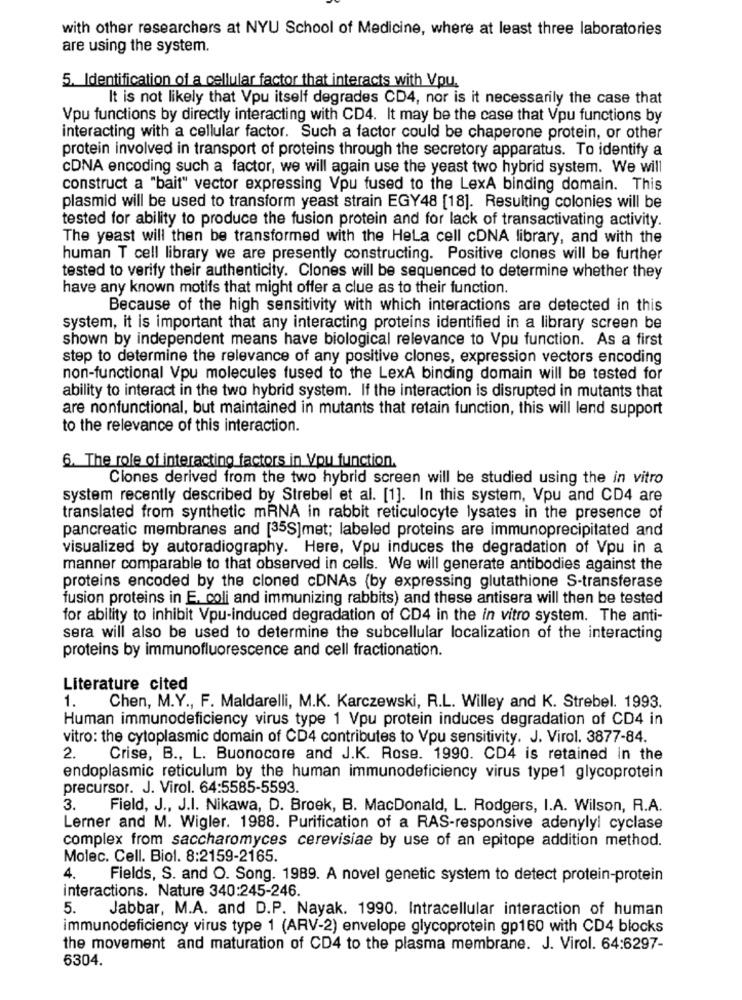
with other researchers at NYU School of Medicine, where at least three laboratories
are using the system.
5. Identification of a cellular factor that interacts with Vpu.
It is not likely that Vpu itself degrades CD4, nor is it necessarily the case that
Vpu functions by directly interacting with CD4. It may be the case that Vpu functions by
interacting with a cellular factor. Such a factor could be chaperone protein, or other
protein involved in transport of proteins through the secretory apparatus. To identify a
CDNA encoding such a factor, we will again use the yeast two hybrid system. We will
construct a "bait" vector expressing Vpu fused to the LexA binding domain. This
plasmid will be used to transform yeast strain EGY48 [18]. Resulting colonies will be
tested for ability to produce the fusion protein and for lack of transactivating activity.
The yeast will then be transformed with the Hela cell cDNA library, and with the
human T cell library we are presently constructing. Positive clones will be further
tested to verify their authenticity. Clones will be sequenced to determine whether they
have any known motifs that might offer a clue as to their function.
Because of the high sensitivity with which interactions are detected in this
system, it is important that any interacting proteins identified in a library screen be
shown by independent means have biological relevance to Vpu function. As a first
step to determine the relevance of any positive clones, expression vectors encoding
non-functional Vpu molecules fused to the LexA binding domain will be tested for
ability to interact in the two hybrid system. If the interaction is disrupted in mutants that
are nonfunctional, but maintained in mutants that retain function, this will lend support
to the relevance of this interaction.
6. The role of interacting factors in Vpu function.
Ciones derived from the two hybrid screen will be studied using the in vitro
system recently described by Strebel et al. [1]. In this system, Vpu and CD4 are
translated from synthetic mRNA in rabbit reticulocyte lysates in the presence of
pancreatic membranes and [35S]met; labeled proteins are immunoprecipitated and
visualized by autoradiography. Here, Vpu induces the degradation of Vpu in a
manner comparable to that observed in cells. We will generate antibodies against the
proteins encoded by the cloned cDNAs (by expressing glutathione S-transferase
fusion proteins in E. coli and immunizing rabbits) and these antisera will then be tested
for ability to inhibit Vpu-induced degradation of CD4 in the in vitro system. The anti-
sera will also be used to determine the subcellular localization of the interacting
proteins by immunofluorescence and cell fractionation.
Literature cited
1.
Chen, M.Y ., F. Maldarelli, M.K. Karczewski, R.L. Willey and K. Strebel. 1993.
Human immunodeficiency virus type 1 Vpu protein induces degradation of CD4 in
vitro: the cytoplasmic domain of CD4 contributes to Vpu sensitivity. J. Virol. 3877-84.
2.
Crise, B ., L. Buonocore and J.K. Rose. 1990. CD4 is retained in the
endoplasmic reticulum by the human immunodeficiency virus type1 glycoprotein
precursor. J. Virol. 64:5585-5593.
3.
Field, J ., J.I. Nikawa, D. Broek, B. MacDonald, L. Rodgers, I.A. Wilson, R.A.
Lerner and M. Wigler. 1988. Purification of a RAS-responsive adenylyl cyclase
complex from saccharomyces cerevisiae by use of an epitope addition method.
Molec. Cell. Biol. 8:2159-2165.
4.
Fields, S. and O. Song. 1989. A novel genetic system to detect protein-protein
interactions. Nature 340:245-246.
5.
Jabbar, M.A. and D.P. Nayak. 1990. Intracellular interaction of human
immunodeficiency virus type 1 (ARV-2) envelope glycoprotein gp160 with CD4 blocks
the movement and maturation of CD4 to the plasma membrane. J. Virol. 64:6297-
6304.